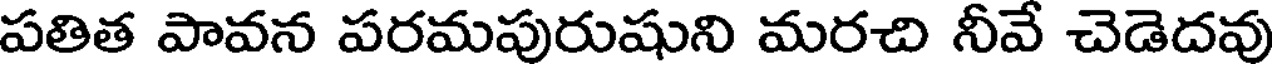
పతిత పావన పరమపురుషుని మరచి నీవే చెడెదవు